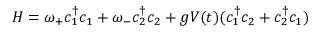
\begin{array} { r } { H = \omega _ { + } c _ { 1 } ^ { \dagger } c _ { 1 } + \omega _ { - } c _ { 2 } ^ { \dagger } c _ { 2 } + g V ( t ) ( c _ { 1 } ^ { \dag } c _ { 2 } + c _ { 2 } ^ { \dag } c _ { 1 } ) } \end{array}